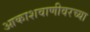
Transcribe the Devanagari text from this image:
आकाशवाणीवरच्‍या